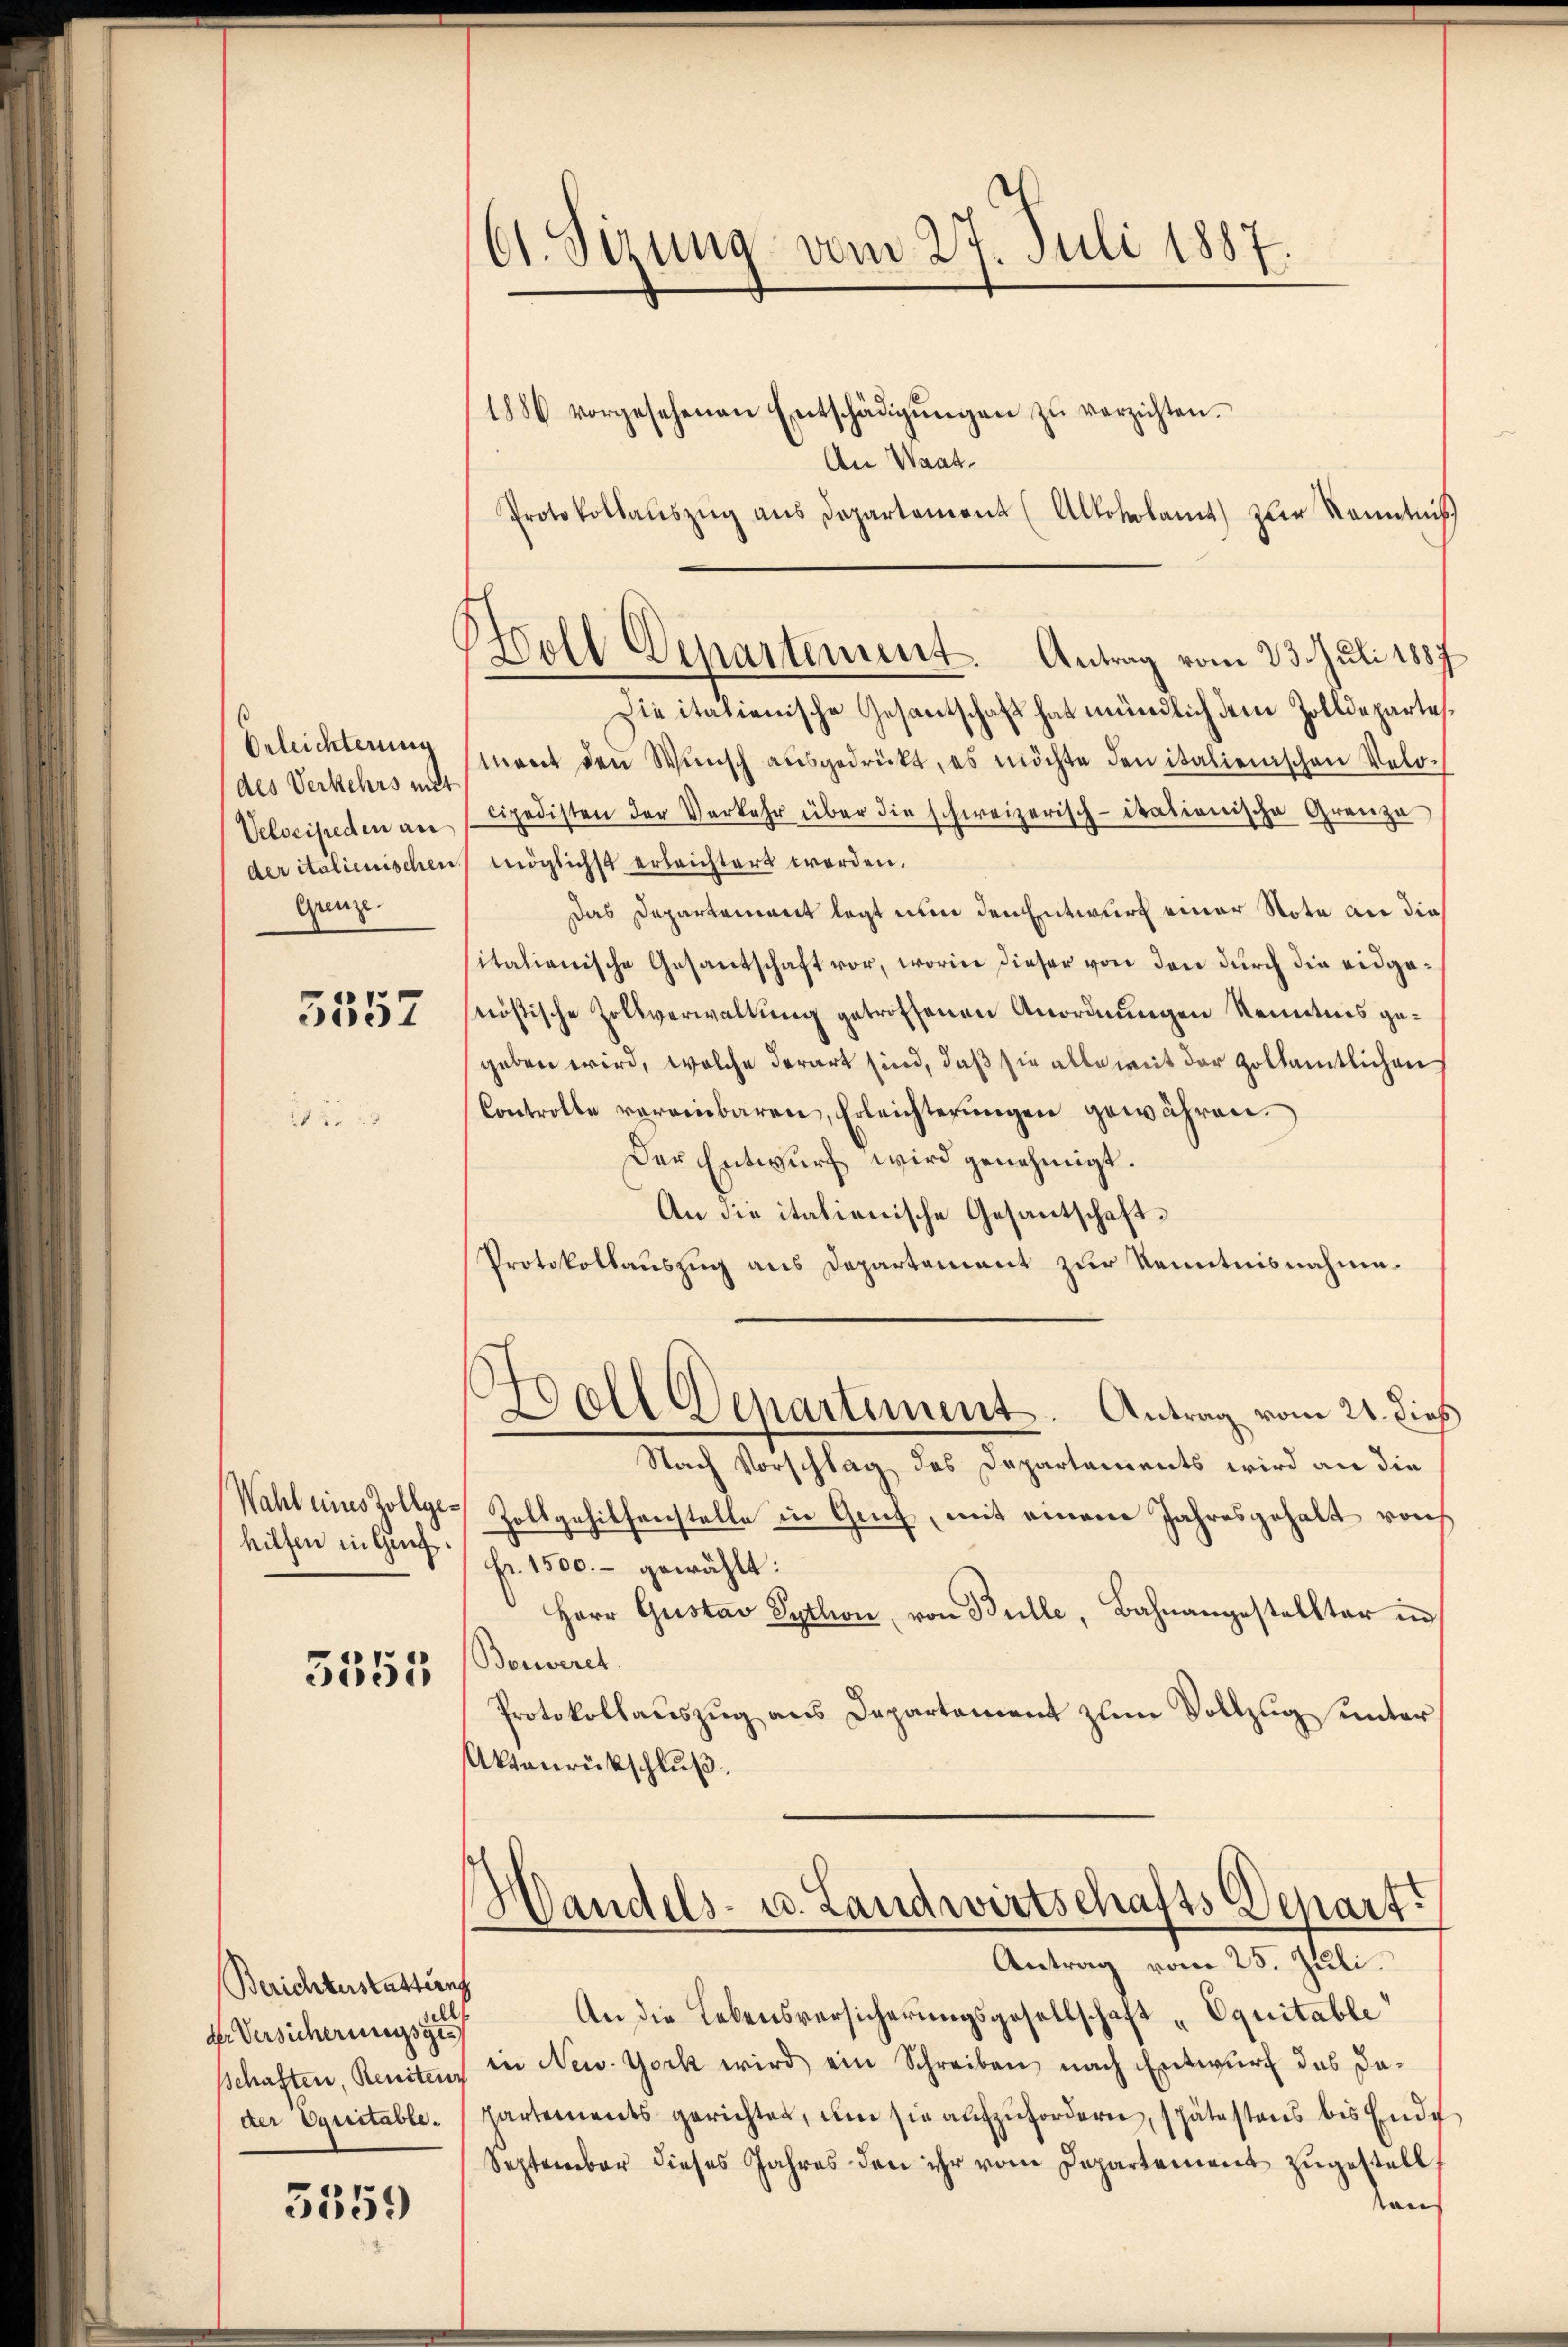
Orleichterung
des Verkehrs mit
Velocipeden an
der italienischen
Grenze.

5357

Wahl eines Zollgehilfen in Genf.

3355

Berichterstattung
al
dr Versicherungsges
schaften, Reniten
der Equitable.

5559

61. Sizung vom 27. Juli 1887
1886 vorgesehenen Entschädigŭngen zŭ verzichten.
An Waat¬

Protokollaŭszŭg aŭs Departement (Altobelamt zur Kenntniß
Die italienische Gesantschaft hat mündlich dem Zolldepartes
mant den Wunsch ausgedrückt, es möchte den italienischen Velocipedisten der Verkehr über die schweizerisch-itationische Grenze
möglichst erleichtert werden.
Das Departement legt nun den Entwurf einer Note an die
italienische Gesantschaft vor, worin dieser von den durch die eidgenößische Zollverwaltung getroffenen Anordnungen Kenntnis gegeben wird, welche derart sind, daß sie alle mit der Hollämtlichen
Controlle vereinbaren, Erleichterŭngen gewähren.
Der Entwurf wird genehmigt.
An die italienische Gesantschaft¬
Protokollauszug aus Departement zur Kenntnisnahme.
¬
Ball Departement. Antrag vom 21. dieß
Nach Vorschlag des Departements wird an die
Zollgehilfenstelle in Genf, mit einem Jahresgehalt von
Fr. 1500.- gewählt:
Herr Gustav Pytlion, von Bulle, Bahnangestellter in
Beweret.
Protokollauszug aus Departement zum Vollzug unter
Aktanrückschluß.
Handels- u. Landwirtschafts Depart.
Antrag vom 25. Juli.
An die Lebensversicherungsgesellschaft „Equitable
in New York wird ein Schreiben nach Entwurf das Dapartements gerichten, um sie aufzufordern, spätestens bis Ende
September dieses Jahres den ihr vom Departement zugestell
ans

Holl Departement. Antrag vom 23. Juli 1887